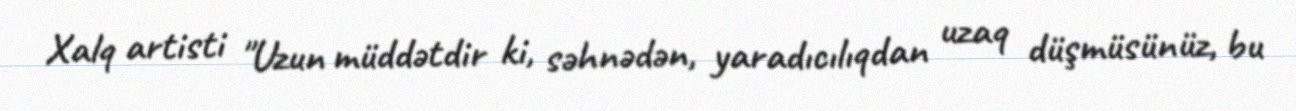
Xalq artisti "Uzun müddətdir ki, səhnədən, yaradıcılıqdan uzaq düşmüsünüz, bu